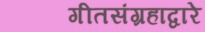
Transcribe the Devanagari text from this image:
गीतसंग्रहाद्वारे